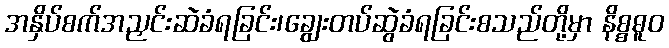
အနှိပ်စက်အညှင်းဆဲခံရခြင်း၊ချွေးတပ်ဆွဲခံရခြင်းစသည်တို့မှာ နိစ္စဓူဝ